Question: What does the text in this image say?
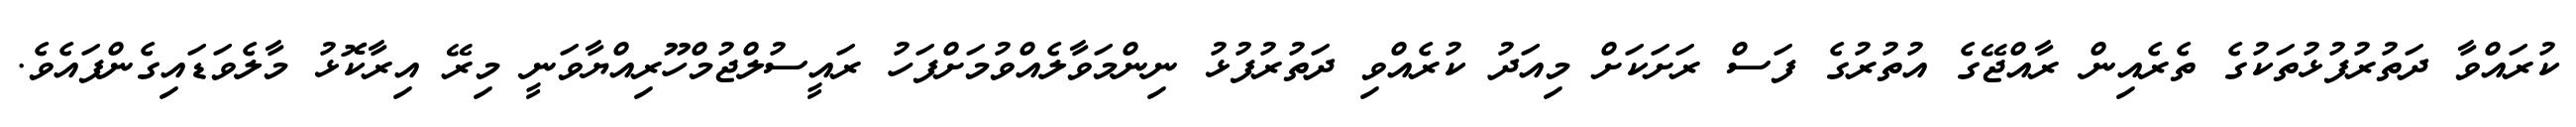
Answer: ކުރައްވާ ދަތުރުފުޅުތަކުގެ ތެރެއިން ރާއްޖޭގެ އުތުރުގެ ފަސް ރަށަކަށް މިއަދު ކުރެއްވި ދަތުރުފުޅު ނިންމަވާލެއްވުމަށްފަހު ރައީސުލްޖުމްހޫރިއްޔާވަނީ މިރޭ އިރާކޮޅު މާލެވަޑައިގެންފައެވެ.